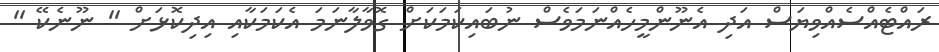
ރައްޓެއްސެއްވިޔަސް އަދި އެނޫންމީހެއްނަމަވެސް ނުބައިކަމަކަށް ގޮވާލާނަމަ އެކަމަކާއި އިދިކޮޅަށް '' ނޫނެކޭ ''